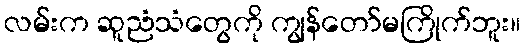
လမ်းက ဆူညံသံတွေကို ကျွန်တော်မကြိုက်ဘူး။